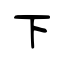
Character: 下